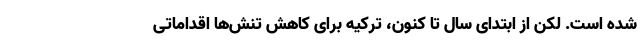
شده است. لکن از ابتدای سال تا کنون، ترکیه برای کاهش تنش‌ها اقداماتی